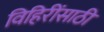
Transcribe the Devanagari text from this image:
विहिरींसाठी